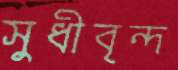
সুধীবৃন্দ